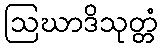
ဩဃာဒိသုတ္တံ